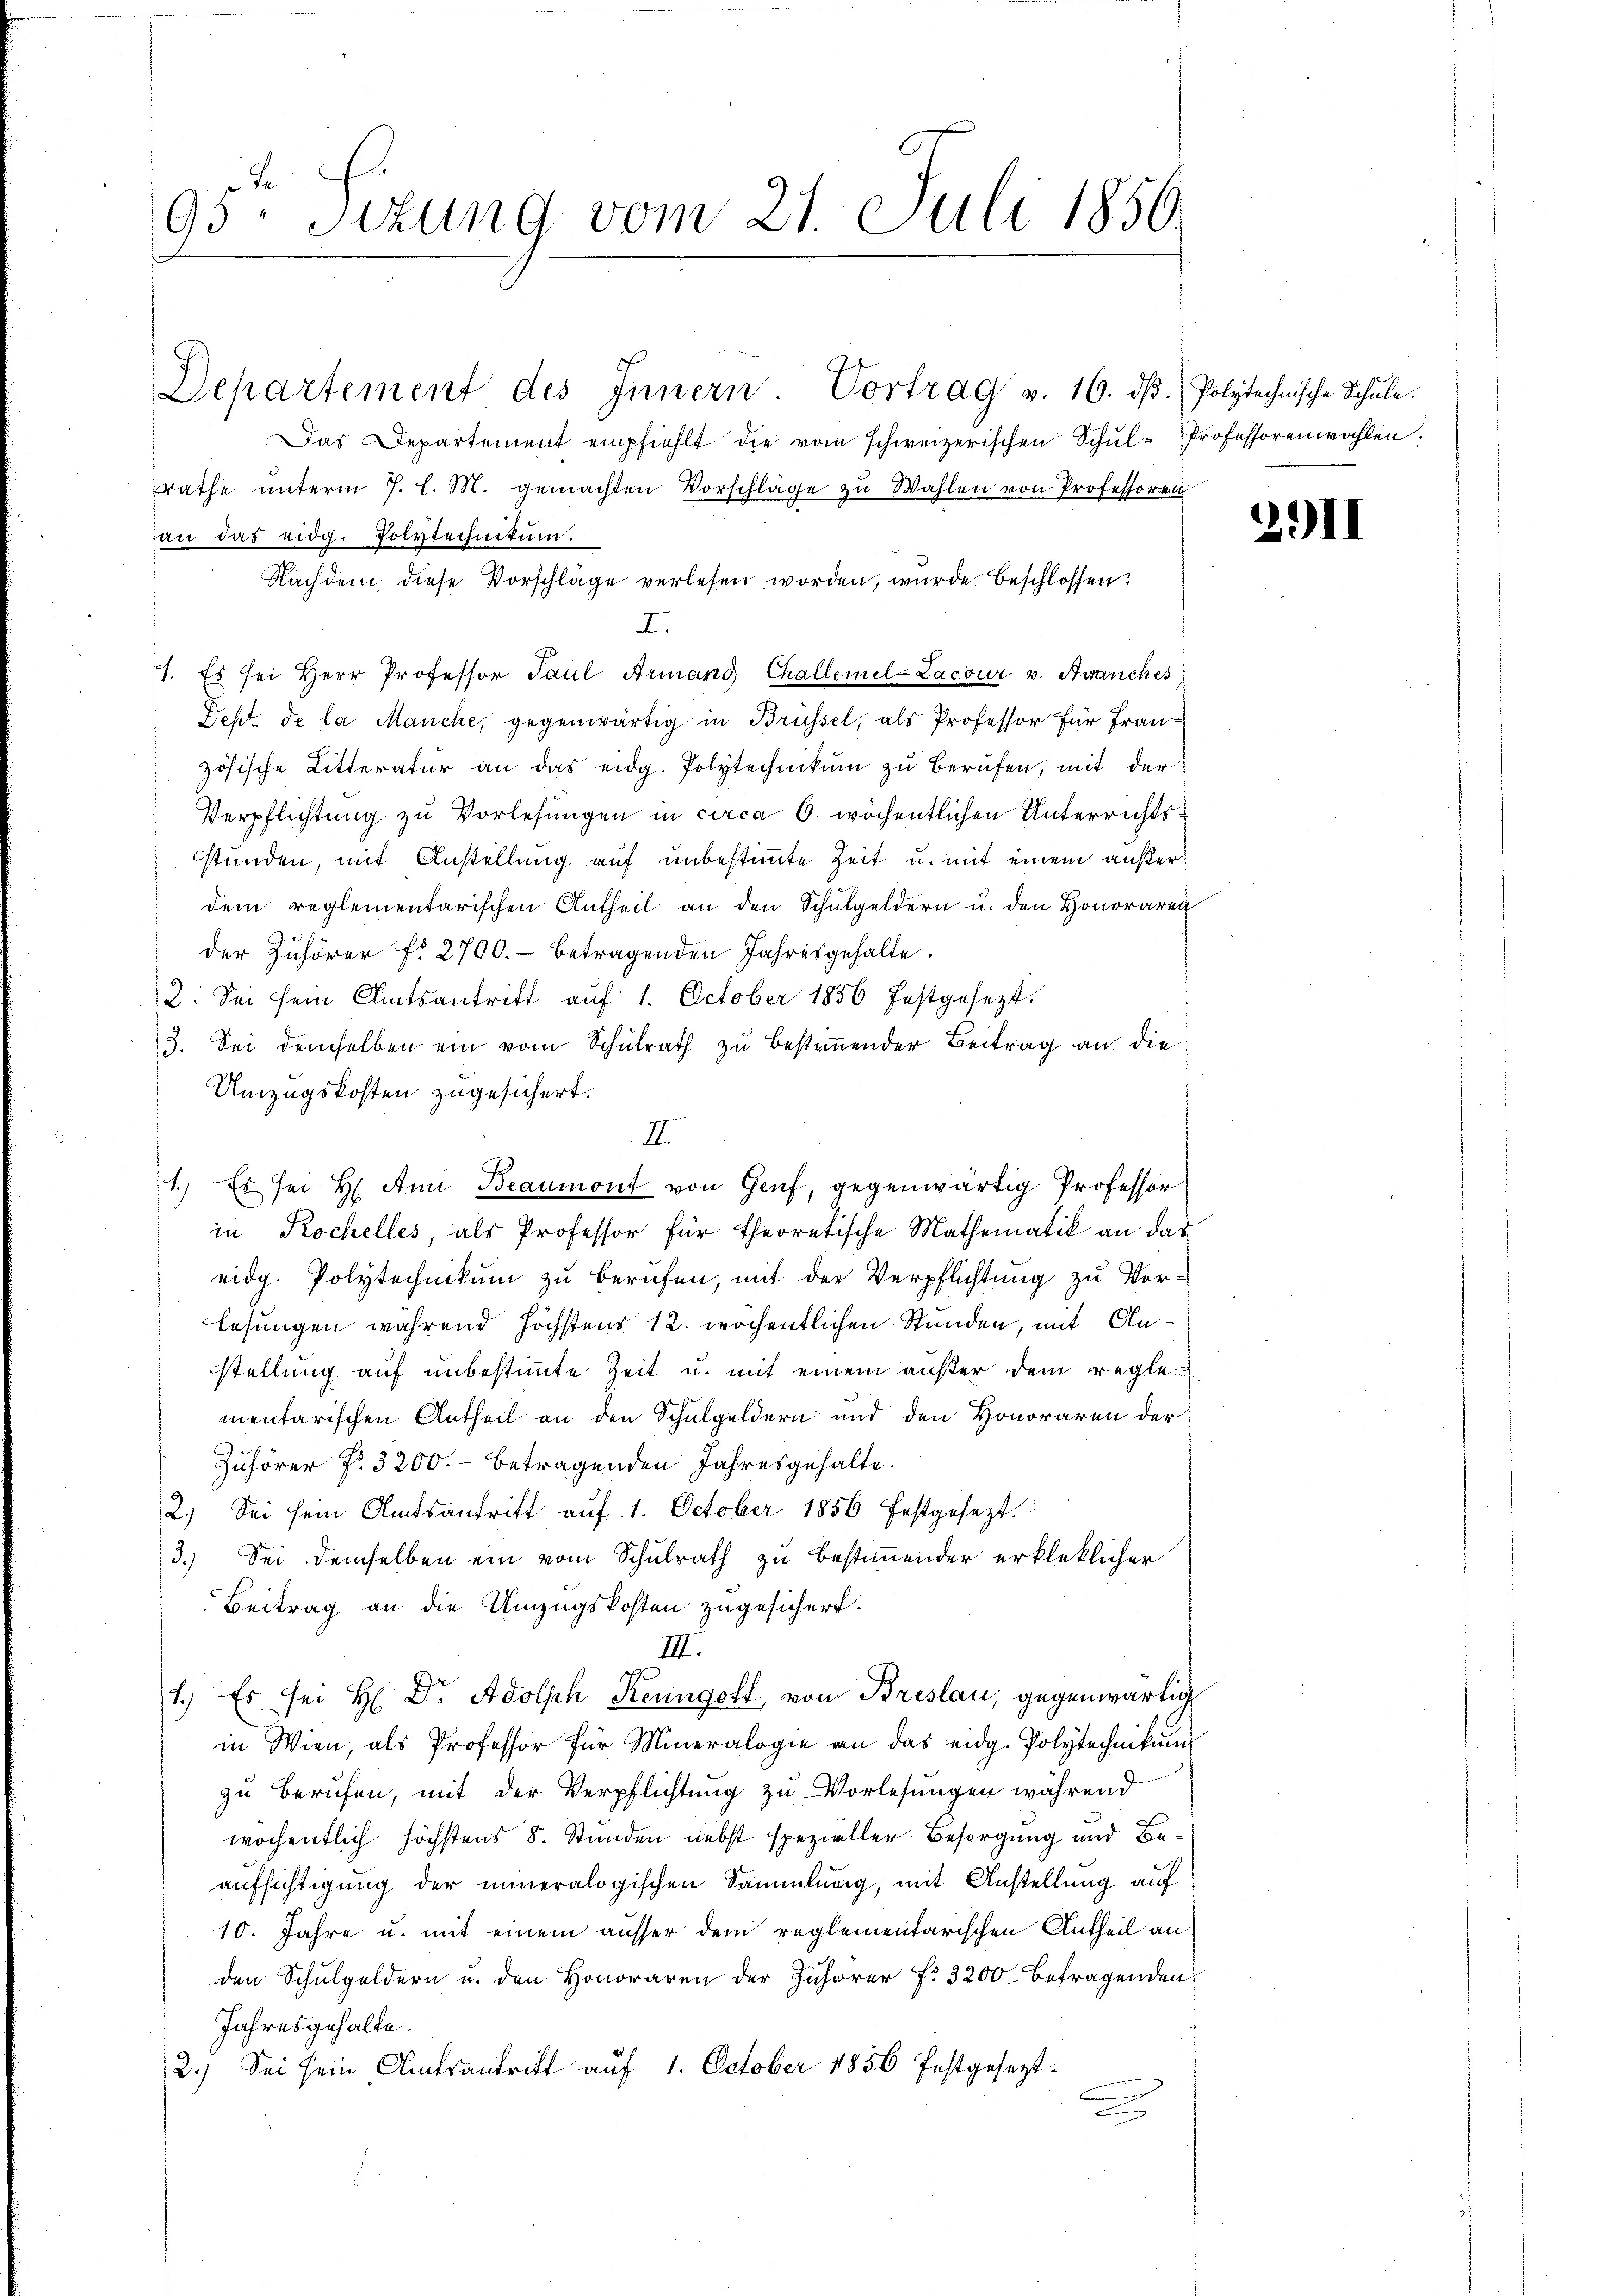
Ja
95 Stzung vom 21. Juli 1850.

Departement des Innern Vortrag v. 16. dβ. Polytechnische Schŭle.
Das Departement empfiehlt die vom schweizerischen Schul-Professorenwahlen.
rathe unterm 7. l. M. gemachten Vorschläge zu Wahlen von Professoren
an das eidg. Polytechnitum.
Nachdem diese Vorschläge verlesen worden, wurde beschlossen:
2.
1. Es sei Herr Professor Paul Armand Challemel-Lacour v. Avanches
Dept. de la Manche, gegenwärtig in Brüssel, als Professor für Fran-
zösische Litteratur an das eidg. Polytechnikum zu berufen, mit der
Verpflichtung zu Vorlesungen in circa 6. wöchentlichen Unterrichtsstunden, mit Anstellung auf unbestimmte Zeit u. mit einem außerdem reglementarischen Antheil an den Schulgeldern u. den Honoraren
der Zuhörer f. 2700.- betragenden Jahresgehalte.
2. Sei sein Amtsantritt aŭf 1. October 1856 festgesezt.
3. Sei demselben ein vom Schulrath zu bestimmender Beitrag an die
Umzugskosten zugesichert.
1.) Es sei H. Ann Beaumont von Genf, gegenwärtig Professor
in Kochelles, als Professor für theoretische Mathematik an das
eidg. Polytechnikum zu berufen, mit der Verpflichtung zu Vorlesungen während höchstens 12. wöchentlichen Stunden, mit Anstellung auf unbestimmte Zeit u. mit einem außer dem reglementarischen Antheil an den Schulgeldern und den Honoraren der
Zuhörer No. 3200.- betragenden Jahresgehalte.
2.) Sei sein Amtsantritt auf 1. October 1856 festgesezt.
3.) Sei demselben ein vom Schulrath zu bestimmender erkleklicher
Beitrag an die Umzugskosten zugesichert.
III.
1.) Es sei H. Dr. Adolph Reungott, von Breslau, gegenwärtig
in Wien, als Professor für Mineralogie an das eidg. Polytechnikum
zu berufen, mit der Verpflichtung zu Vorlesungen während
wochentlich höchstens 8. Stunden nebst spezieller Besorgung und Beaufsichtigung der inneralogischen Sammlung, mit Anstellung auf
10. Jahre u. mit einem ausser dem reglementarischen Antheil an
den Schulgeldern u. den Honoraren der Zuhörer f. 3200 betragenden
Jahresgehalte.
2.) Sei sein Amtsantritt auf 1. October 1856 festgesezt.
e

II.

2.II